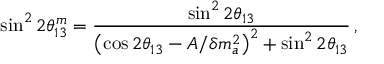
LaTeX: \sin ^ { 2 } 2 \theta _ { 1 3 } ^ { m } = { \frac { \sin ^ { 2 } 2 \theta _ { 1 3 } } { \left( \cos 2 \theta _ { 1 3 } - A / \delta m _ { a } ^ { 2 } \right) ^ { 2 } + \sin ^ { 2 } 2 \theta _ { 1 3 } } } \, ,